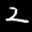
Label: 2